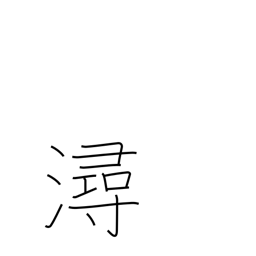
Meaning: banks